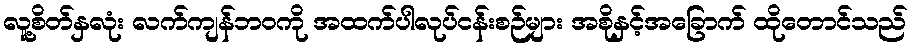
လူ့စိတ်နှလုံး လက်ကျန်ဘဝကို အထက်ပါလုပ်ငန်းစဉ်များ အစိုနှင့်အခြောက် ထိုတောင်သည်